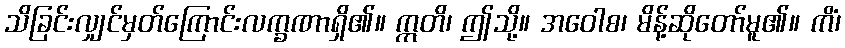
သိခြင်းလျှင်မှတ်ကြောင်းလက္ခဏာရှိ၏။ ဣတိ၊ ဤသို့။ အဝေါစ၊ မိန့်ဆိုတော်မူ၏။ ကိံ၊